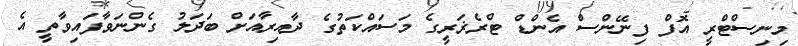
މިނިސްޓްރީ އޮފް ފިނޭންސް އެންޑް ޓްރެޜަރީގެ މަސައްކަތުގެ ދާއިރާއަށް ބަދަލު ގެންނަވާފައިވާތީ އެ